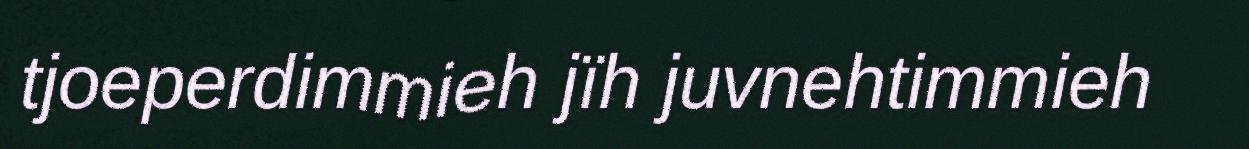
tjoeperdimmieh jïh juvnehtimmieh